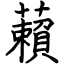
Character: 藾